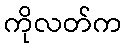
ကိုလတ်က